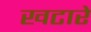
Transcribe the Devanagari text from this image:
खटारे